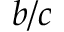
b / c